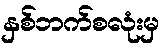
နှစ်ဘက်စလုံးမှ